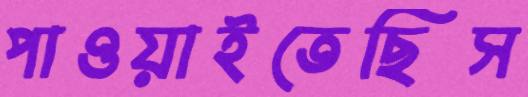
পাওয়াইতেছিস